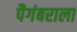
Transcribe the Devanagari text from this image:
पैगंबराला